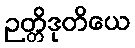
ဉတ္တိဒုတိယေ